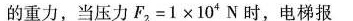
的重力，当压力F2=1×10*N时，电梯报